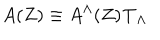
A ( Z ) \equiv A ^ { \Lambda } ( Z ) { \bf T } _ { \Lambda } \,